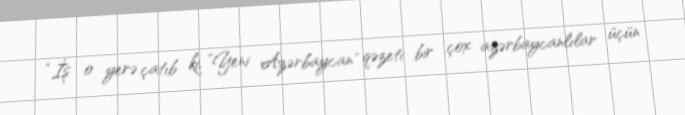
“İş o yerə çatıb ki, ”Yeni Azərbaycan" qəzeti bir çox azərbaycanlılar üçün